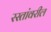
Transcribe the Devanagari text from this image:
रस्तांवरील